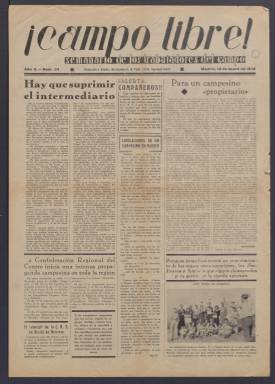
Título: ¡Campo libre!
Colección: Guerra civil || Anarquismo
Ámbito geográfico: Madrid
Lugar de publicación: Madrid
Fechas: 18/01/1936-10/12/1938

Semanario anarcosindicalista de los trabajadores del campo que inició su andadura el 29 de junio de 1935 y tuvo hasta tres épocas. La primera llegó hasta el 18 de julio de 1936 coincidiendo con el inicio de la Guerra Civil. En la segunda época, que comenzó el 23 de julio de 1937, salió  como órgano de la Federación Regional de
Campesinos del Centro, de la CNT y duró hasta el 29 de enero de 1938. Su última etapa se inició el 28 de mayo de 1938 y se prolongó hasta el 25 de febrero de 1939.

  La colección de la Biblioteca Nacional de España no está completa. Comienza el segundo año de publicación con el número del 18 de enero de 1936 y concluye con el del 10 de diciembre de 1938 de la tercera época. Salvo excepciones, en la primera etapa el semanario constaba de cuatro páginas y en la segunda y tercera de 7 siendo doble la central. Una de estas excepciones es el número del 27 de junio de 1936, que salió con 16 páginas con motivo de cumplirse un año de la publicación. Llevaba una cabecera distinta y la ilustración de un jornalero en portada.

  El ideario anarquista de ¡Campo libre!, como el de todas las publicaciones de este signo, es la colectivización de los medios de producción, en este caso de la tierra para que pasara a propiedad de los campesinos y la trabajaran de forma autogestionada.  Su planteamiento revolucionario era distinto al de los comunistas en tanto que los anarquistas consideraban al Estado un elemento opresor.

  El semanario defenderá estas ideas y reflejará su puesta en práctica tras el inicio de la guerra en zonas controladas por el gobierno republicano. En la segunda época de la publicación puede verse en las páginas centrales distintos pueblos castellanos donde se ha colectivizado la tierra. Como nota curiosa, en el número del 29 de enero de 1938 estas páginas están dedicadas a ‘Alcázar de Cervantes’, dado que entonces se pensaba   que Alcázar de San Juan era la patria del escritor.

  La tercera época incorporó la novedad de llevar en rojo el título. El primer número salió con gran tipografía en la portada con el significativo título: ‘¡Otra vez en la palestra!’ y señalando la importancia que tenía la cosecha para seguir manteniendo el esfuerzo bélico.

  Colaboró en el semanario, entre otros, José García Pradas, que trabajó como albañil y oficinista y escribió en diversos medios anarquistas llegando a dirigir el diario CNT de Madrid. Pradas murió en Londres tras haberse exiliado. Participó como dibujante en la publicación Baltasar Lobo, zamorano que marchó al término de la guerra a París, donde alcanzó renombre internacional como escultor. En su ciudad natal hay un museo dedicado a su obra.

[Descripción publicada el 20/09/2024]